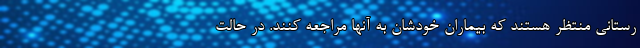
رستانی منتظر هستند که بیماران خودشان به آنها مراجعه کنند. در حالت